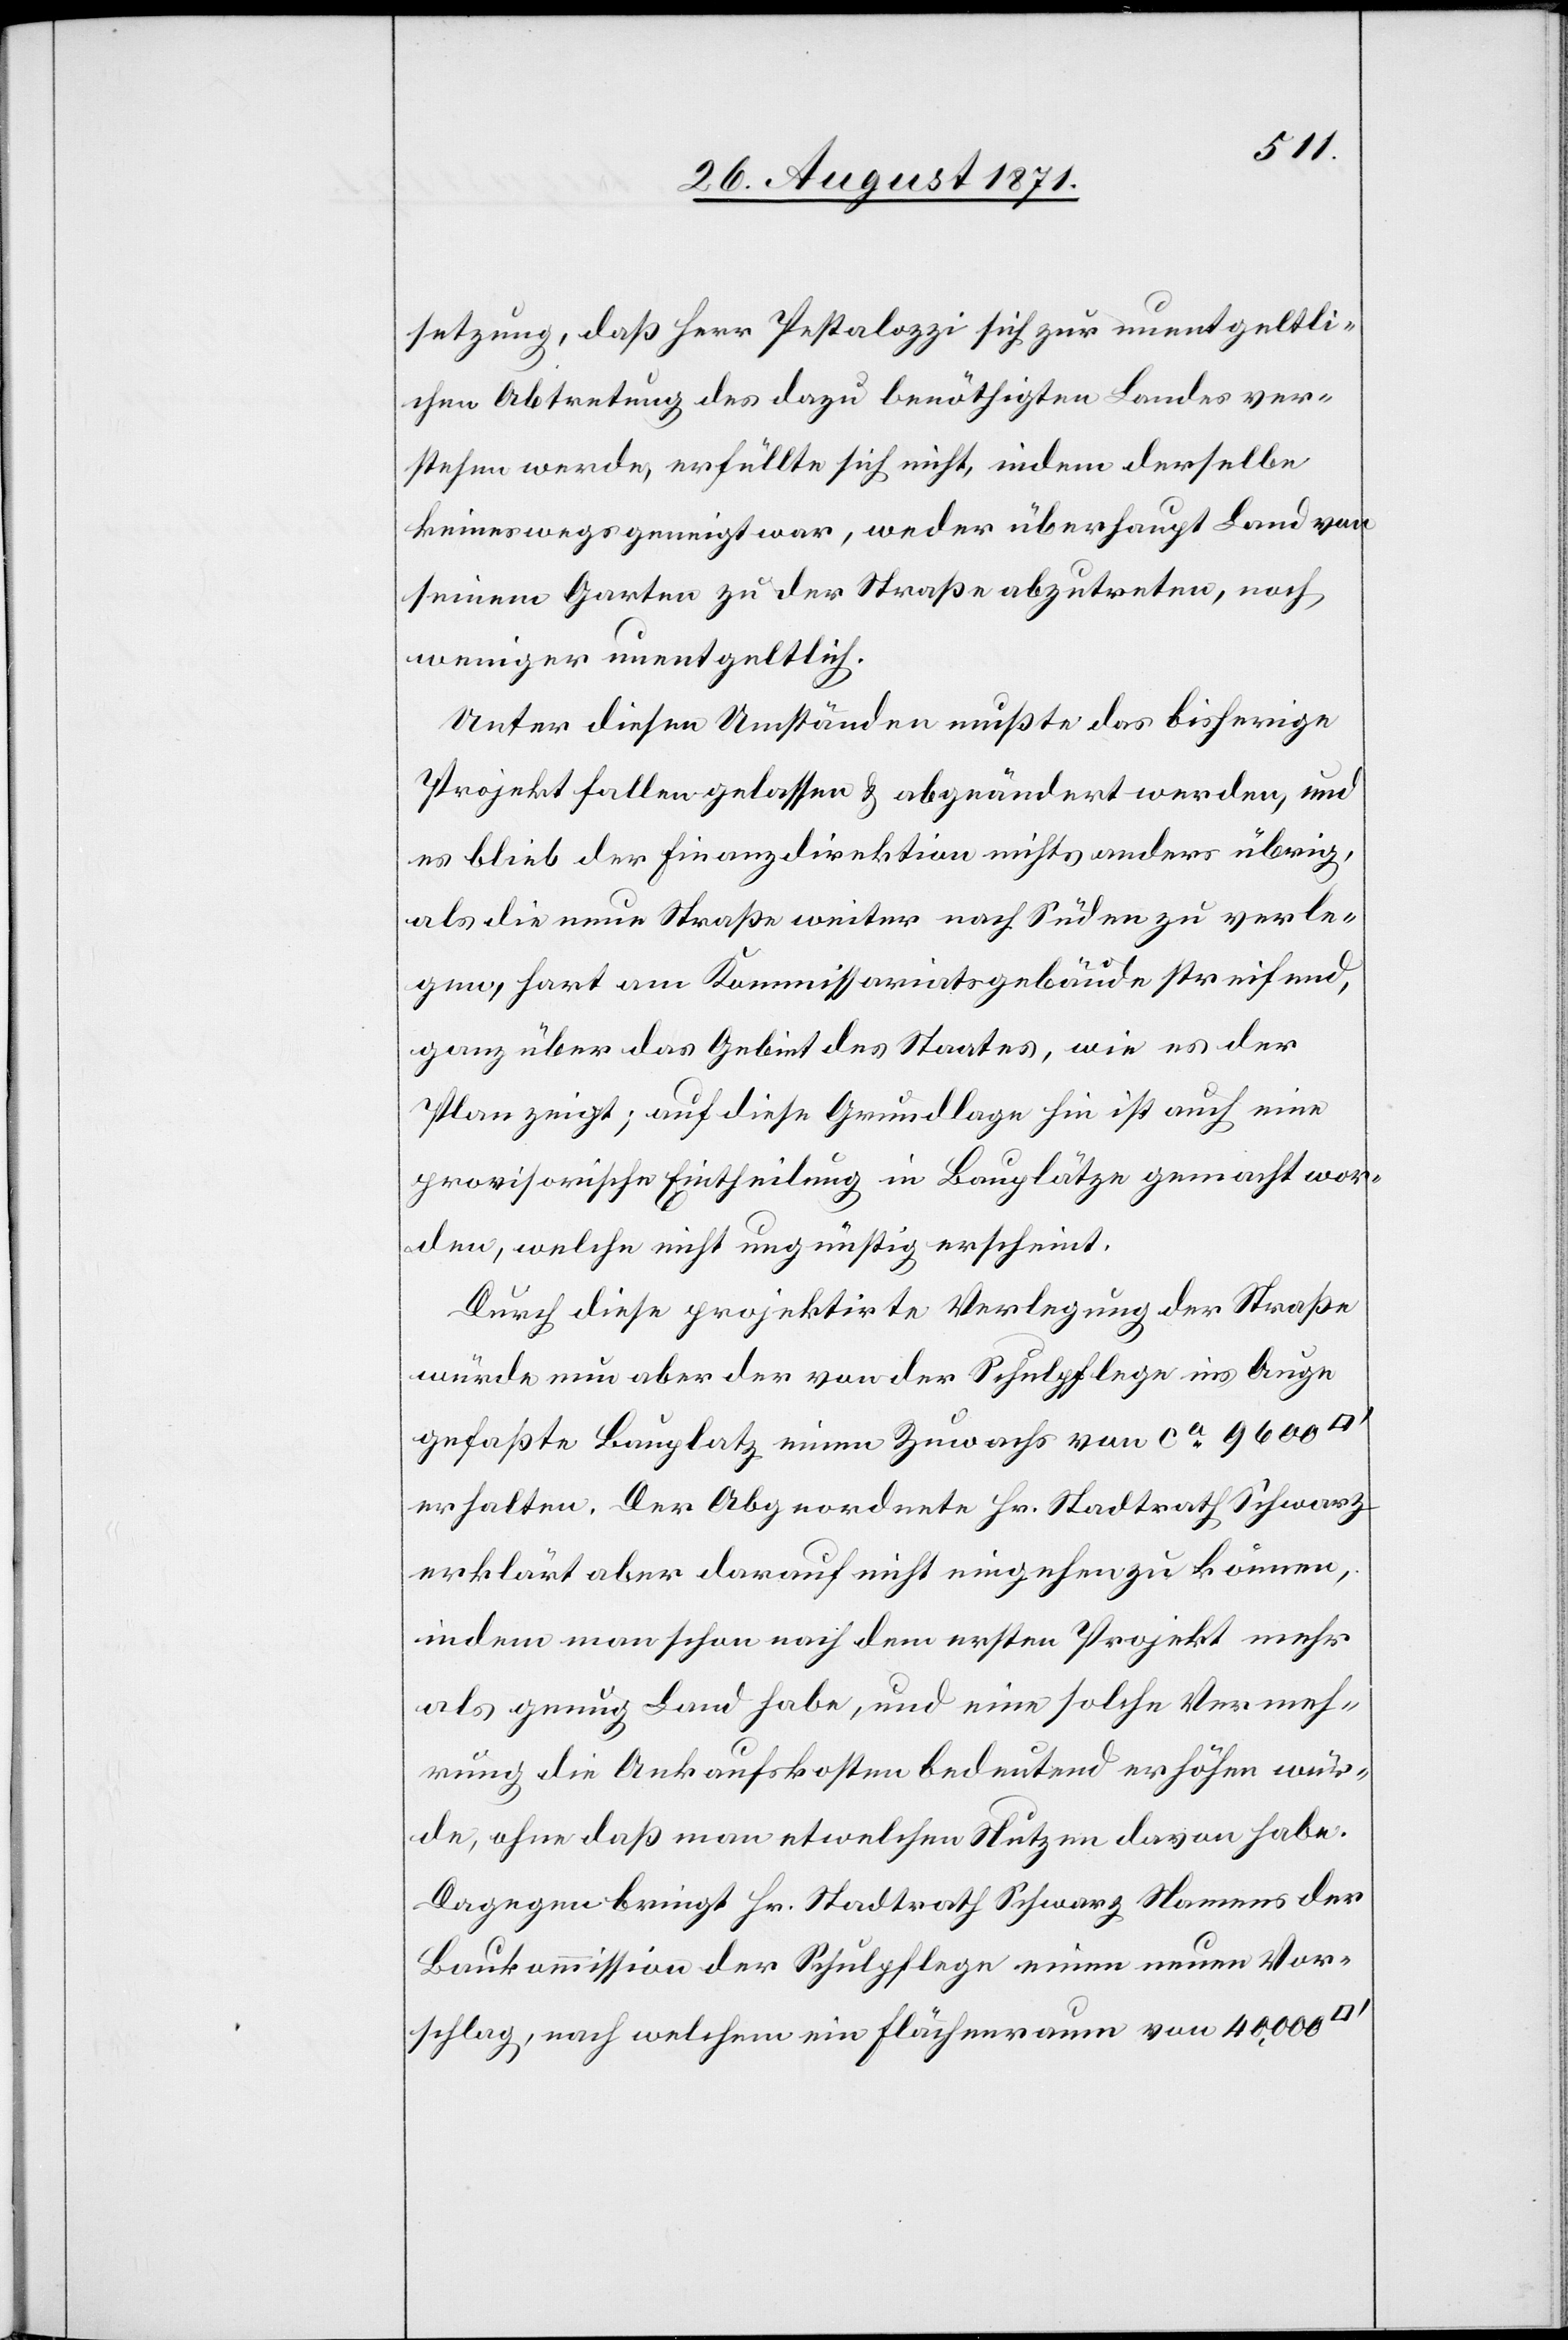
setzung, daß Herr Pestalozzi sich zur unentgeltli¬
chen Abtretung des dazu benöthigten Landes ver¬
stehen werde, erfüllte sich nicht, indem derselbe
keineswegs geneigt war, weder überhaupt Land von
seinem Garten zu der Straße abzutreten, noch
weniger unentgeltlich.
Unter diesen Umständen musste das bisherige
Projekt fallen gelassen & abgeändert werden, und
es blieb der Finanzdirektion nichts anderes übrig,
als die neue Straße weiter nach Süden zu verle¬
gen, hart am Kommissariatsgebäude streifend,
ganz über das Gebiet des Staates, wie es der
Plan zeigt; auf diese Grundlage hin ist auch eine
provisorische Eintheilung in Bauplätze gemacht wor¬
den, welche nicht ungünstig erscheint.
Durch diese projektirte Verlegung der Straße
würde nun aber der von der Schulpflege ins Auge
gefasste Bauplatz einen Zuwachs von ca 9600
erhalten. Der Abgeordnete Hr. Stadtrat Schwarz
erklärt aber darauf nicht eingehen zu können,
indem man schon nach dem ersten Projekt mehr
als genug Land habe, und eine solche Vermeh¬
rung die Ankaufskosten bedeutend erhöhen wür¬
den, ohne daß man etwelchen Nutzen davon habe.
Dagegen bringt Hr. Stadtrath Schwarz Namens der
Baukommission der Schulpflege einen neuen Vor¬
schlag, nach welchem ein Flächenraum von 40,000